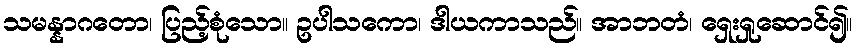
သမန္နာဂတော၊ ပြည့်စုံသော။ ဥပါသကော၊ ဒါယကာသည်။ အာဘတံ၊ ရှေးရှုဆောင်၍။